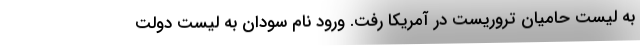
به لیست حامیان تروریست در آمریکا رفت. ورود نام سودان به لیست دولت